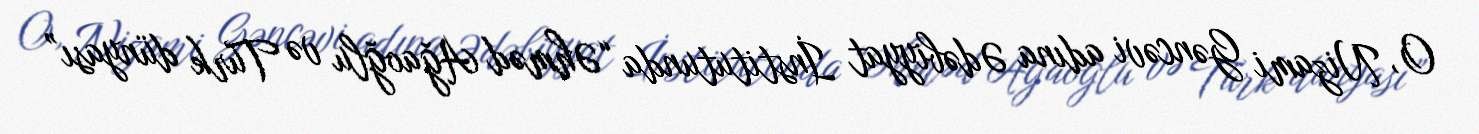
O, Nizami Gəncəvi adına Ədəbiyyat İnstitutunda “Əhməd Ağaoğlu və Türk dünyası”